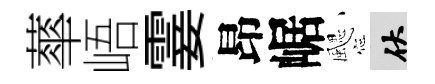
蕐峿霎昂崌颸伏